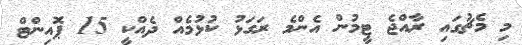
މި މެޗުގައި ރާއްޖެ ޓީމުން އެންމެ ރަގަޅު ކުޅުމެއް ދެއްކީ 15 ޕޮއިންޓް